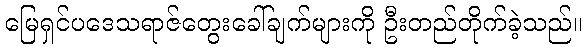
မြေရှင်ပဒေသရာဇ်တွေးခေါ်ချက်များကို ဦးတည်တိုက်ခဲ့သည်။